Indian journal of veterinary science and animal husbandry - Volumes 18-21, 1948-1951
Year: 1948
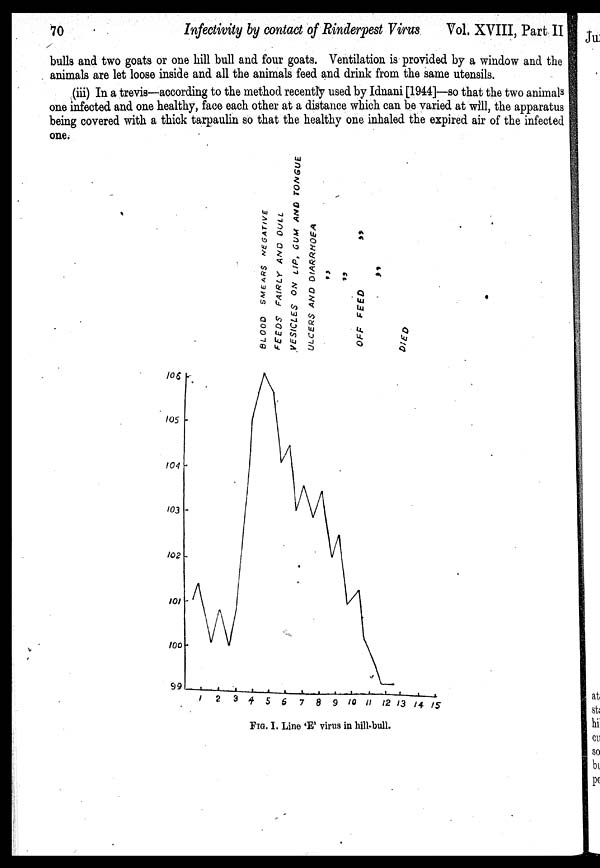
70
Infectivity by contact of Rinderpest Virus
Vol. XVIII, Part II
bulls and two goats or one hill bull and four goats. Ventilation is provided by a window and the
animals are let loose inside and all the animals feed and drink from the same utensils.
(iii) In a trevis—according to the method recently used by Idnani [1944]—so that the two animals
one infected and one healthy, face each other at a distance which can be varied at will, the apparatus
being covered with a thick tarpaulin so that the healthy one inhaled the expired air of the infected
one.
FIG. I. Line 'E' virus in hill-bull.